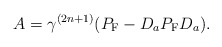
\begin{align*}A=\gamma^{(2n+1)}(P_{\rm F}-D_aP_{\rm F}D_a). \end{align*}